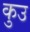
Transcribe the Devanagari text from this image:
कुउ